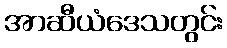
အာဆီယံဒေသတွင်း